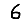
Digit: 6